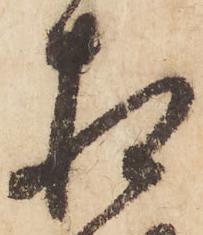
相